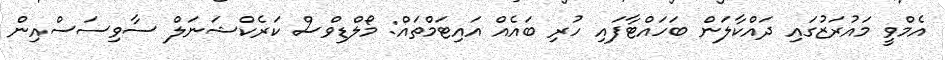
އެމްވީ މައުރަޒުގައި ދައްކާލަން ބަހައްޓާފައި ހުރި ބައެއް އައިޓަމްތައް: މޯލްޑިވްސް ކަރެކްޝަނަލް ސާވިސަސްއިން